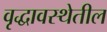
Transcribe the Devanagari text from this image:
वृद्धावस्थेतील